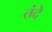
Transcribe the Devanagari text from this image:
तंदे